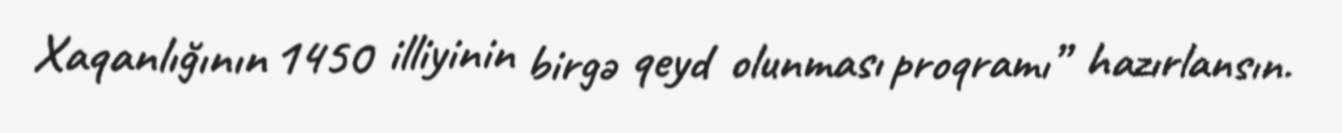
Xaqanlığının 1450 illiyinin birgə qeyd olunması proqramı” hazırlansın.